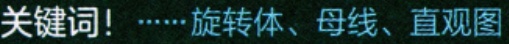
关键词！……旋转体、母线、直观图